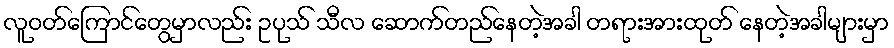
လူဝတ်ကြောင်တွေမှာလည်း ဥပုသ် သီလ ဆောက်တည်နေတဲ့အခါ တရားအားထုတ် နေတဲ့အခါများမှာ